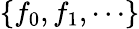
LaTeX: \{ f_{0},f_{1},\cdots\}